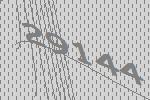
29144